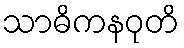
သာဓိကနဝုတိ